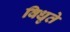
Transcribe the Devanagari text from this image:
विधृते